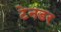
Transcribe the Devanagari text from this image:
टेनडर